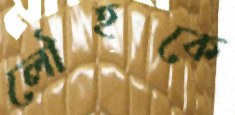
লৌহকে